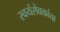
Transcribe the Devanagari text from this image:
स्वयंसेवकांचा